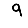
Digit: 9